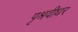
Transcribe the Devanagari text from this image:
पृश्रवीधर